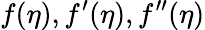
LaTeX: f(\eta),f^{\prime}(\eta),f^{\prime\prime}(\eta)